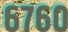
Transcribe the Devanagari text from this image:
६७६०